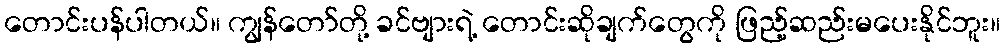
တောင်းပန်ပါတယ်။ ကျွန်တော်တို့ ခင်ဗျားရဲ့ တောင်းဆိုချက်တွေကို ဖြည့်ဆည်းမပေးနိုင်ဘူး။